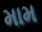
મામ